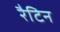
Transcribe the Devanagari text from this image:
रैटिन